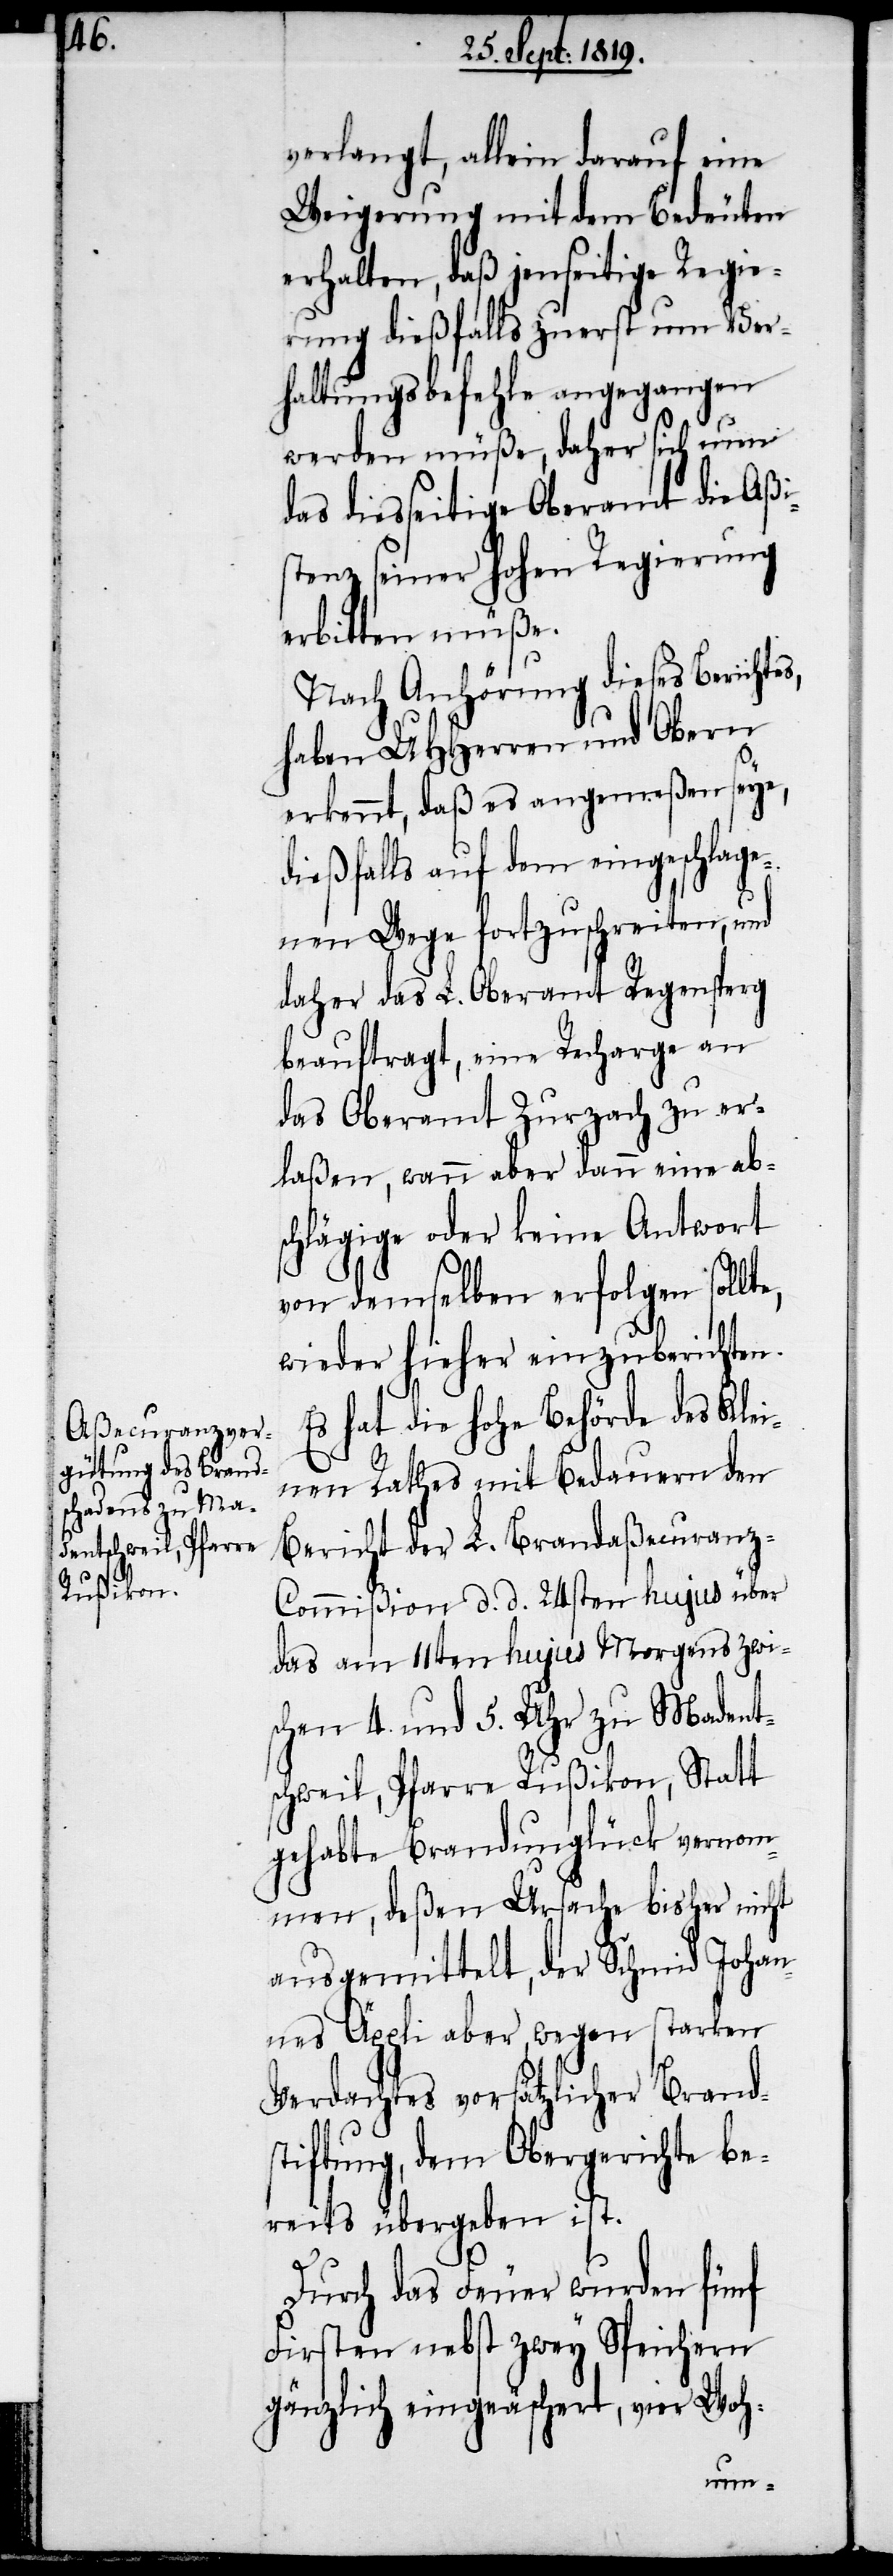
verlangt, allein darauf eine
Weigerung mit dem Bedeuten
erhalten, daß jenseitige Regie¬
rung dießfalls zuerst um Ver¬
haltungsbefehle angegangen
werden müße, daher sich nun
das diesseitige Oberamt die Aßi¬
stenz seiner hohen Regierung
erbitten müße.
Nach Anhörung dieses Bericht¬
haben UHHerren und Obern
erkennt, daß es angemeßen seye,
dießfalls auf dem eingeschlage¬
nen Wege fortzuschreiten, und
daher das L. Oberamt Regensperg
beauftragt, eine Recharge an
das Oberamt Zurzach zu er¬
laßen, wann aber dann eine ab¬
schlägige oder keine Antwort
von demselben erfolgen sollt¬
wieder hieher einzuberichten.
Es hat die hohe Behörde des Klei¬
nen Rathes mit Bedauern den
Bericht der L. Brandaßecuran¬
z-Commißion d. d. 24sten hujus über
das am 11ten hujus Morgens zwi¬
schen 4. und 5. Uhr zu Madent¬
schweil, Pfarre Rußikon, Statt
gehabte Brandunglück vernom¬
men, deßen Ursache bisher nicht
ausgemittelt, der Schmid Johan¬
nes Äppli aber, wegen starken
Verdachtes vorsätzlicher Brand¬
stiftung, dem Obergerichte be¬
reits übergeben ist.
e,
Durch das Feuer wurden fünf
Firsten nebst zwey Speichern
gänzlich eingeäschert, vier Woh-